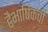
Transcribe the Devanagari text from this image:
द्वैभाषिकची